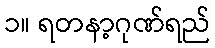
၁။ ရတနာ့ဂုဏ်ရည်